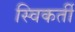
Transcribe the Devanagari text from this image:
स्विकर्ती